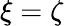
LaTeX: \xi=\zeta